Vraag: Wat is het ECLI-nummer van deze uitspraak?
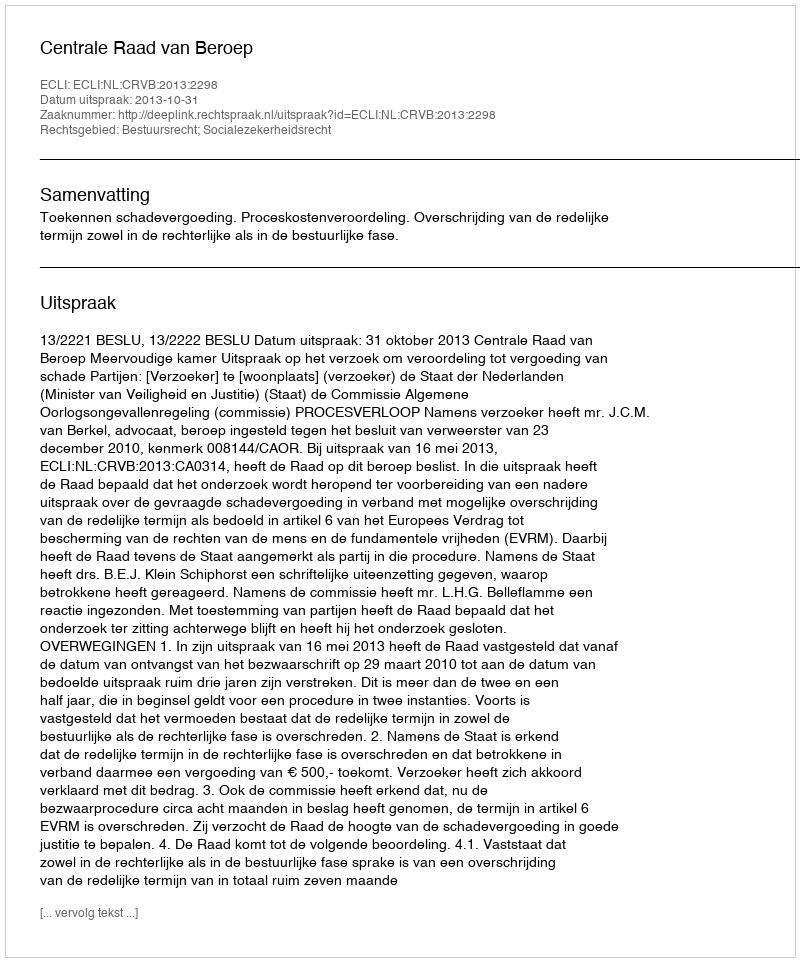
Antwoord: ECLI:NL:CRVB:2013:2298